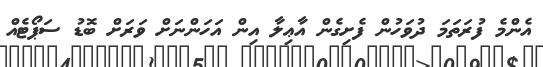
އެންމެ ފުރަތަމަ ދުވަހުން ފެށިގެން އާޢިލާ އިން އަހަންނަށް ވަރަށް ބޮޑު ސަޕޯޓެއް